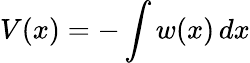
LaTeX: V(x)=-\int w(x)\, dx